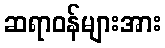
ဆရာဝန်များအား